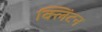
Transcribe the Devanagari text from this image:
क्‍लिंटन